Vaccination North-Western Provinces and Oudh 1878-1895 - 1878-1895
Year: 1878
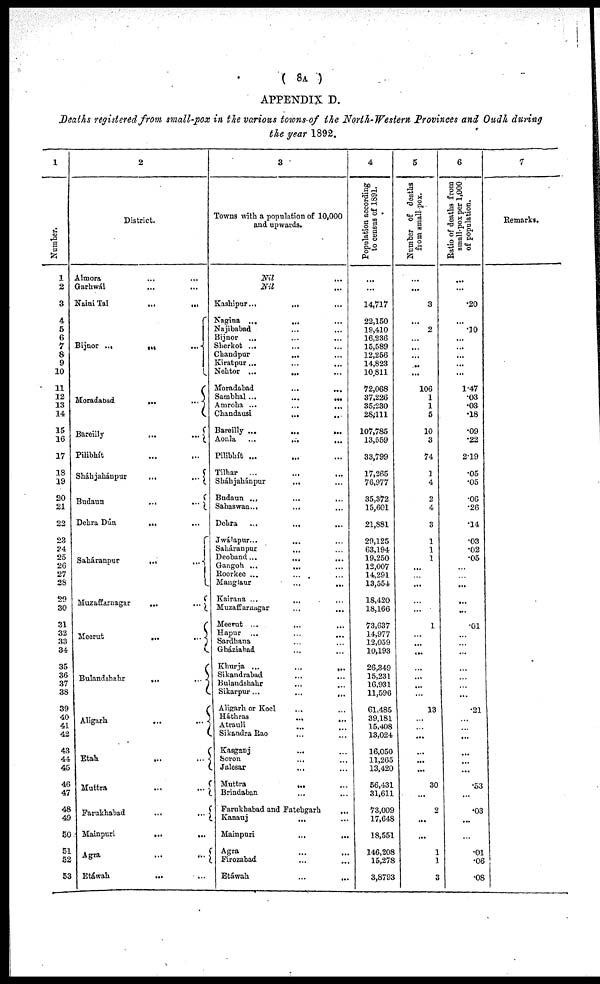
( 8A )
APPENDIX D.
Deaths registered from small-pox in the various towns of the North-Western Provinces and Oudh during
the year 1892.
1
Number.
1
2
3
4
5
6
7
8
9
10
11
12
13
14
15
16
17
18
19
20
21
22
23
24
25
26
27
28
29
30
31
32
33
34
35
36
37
38
39
40
41
42
43
44
45
46
47
48
49
50
51
52
53
2
District.
Almora ... ...
Garhwál ... ...
Naini Tai
...
...
Bijnor
...
...
...
Moradabad
...
...
Bareilly
...
...
Pilibhít ... ...
Sháhjahánpur
...
...
Budaun
...
...
Debra Dún
...
...
Saháranpur
...
...
Muzaffarnagar
...
...
Meerut
...
...
Bulandshahr
...
...
Aligarh
...
...
Etah ... ...
Muttra
...
...
Farukhabad ... ...
Mainpuri
...
...
Agra
...
...
Etáwah ... ...
3
Towns with a population of 10,000
and upwards.
Nil ...
Nil ...
Kashipur ... ... ...
Nagina
...
...
...
Najibabad ... ...
Bijnor ... ... ...
Sherkot ... ... ...
Chandpur ... ...
Kiratpur ... ... ...
Nehtor
...
...
...
Moradabad ... ...
Sambhal
...
...
...
Amroha
...
...
...
Chandausi ... ...
Bareilly
...
...
...
Aonla
...
...
...
Pilibhít ... ... ...
Tilhar ... ... ...
Sháhjabánpur ... ...
Budaun
...
...
...
Sahaswan ... ... ...
Dehra ... ... ...
Jwálapur ... ... ...
Saháranpur ... ...
Deoband ... ... ...
Gangoh ... ... ...
Roorkee ... ... ...
Manglaur
...
...
Kairana ... ... ...
Muzaffarnagar ... ...
Meerut ... ... ...
Hapur ... ... ...
Sardhana ... ...
Gháziabad ... ...
Khurja
...
...
...
Sikandrabad ... ...
Bulandshahr ... ...
Sikarpur ... ...
Aligarh or Koel ... ...
Háthras
...
...
Atrauli
...
...
Sikandra Rao
...
...
Kasganj ... ...
Soron ... ...
Jalesar ... ...
Muttra
...
...
Brindaban
...
...
Farukhabad and Fatehgarh ...
Kanauj ... ...
Mainpuri
...
...
Agra ... ...
Firozabad ... ...
Etáwah ... ...
4
Population according
to ceusus of 1891.
...
...
14,717
22,150
19,410
16,236
15,589
12,256
14,823
10,811
72,068
37,226
35,230
28,111
107,785
13,559
33,799
17,265
76,977
35,372
15,601
21,881
29,125
63,194
19,250
12,007
14,291
13,554
18,420
18,166
73,637
14,977
12,059
10,193
26,349
15,231
16,931
11,596
61,485
39,181
15,408
13,024
16,050
11,265
13,420
56,431
31,611
73,009
17,648
18,551
146,208
15,278
3,8793
5
Number of deaths
from small pox.
...
...
3
...
2
...
...
...
...
...
106
1
1
5
10
3
74
1
4
2
4
3
1
1
1
...
...
...
...
...
1
...
...
...
...
...
...
...
13
...
...
...
...
...
...
30
...
2
...
...
1
1
3
6
Ratio of deaths from
small-pox per 1,000
of population.
...
...
.20
...
.10
...
...
...
...
...
1.47
.03
.03
.18
.09
.22
2.19
.05
.05
.06
.26
.14
.03
.02
.05
...
...
...
...
...
.01
...
...
...
...
...
...
...
.21
...
...
...
...
...
...
.53
...
.03
...
...
.01
.06
.08
7
Remarks.